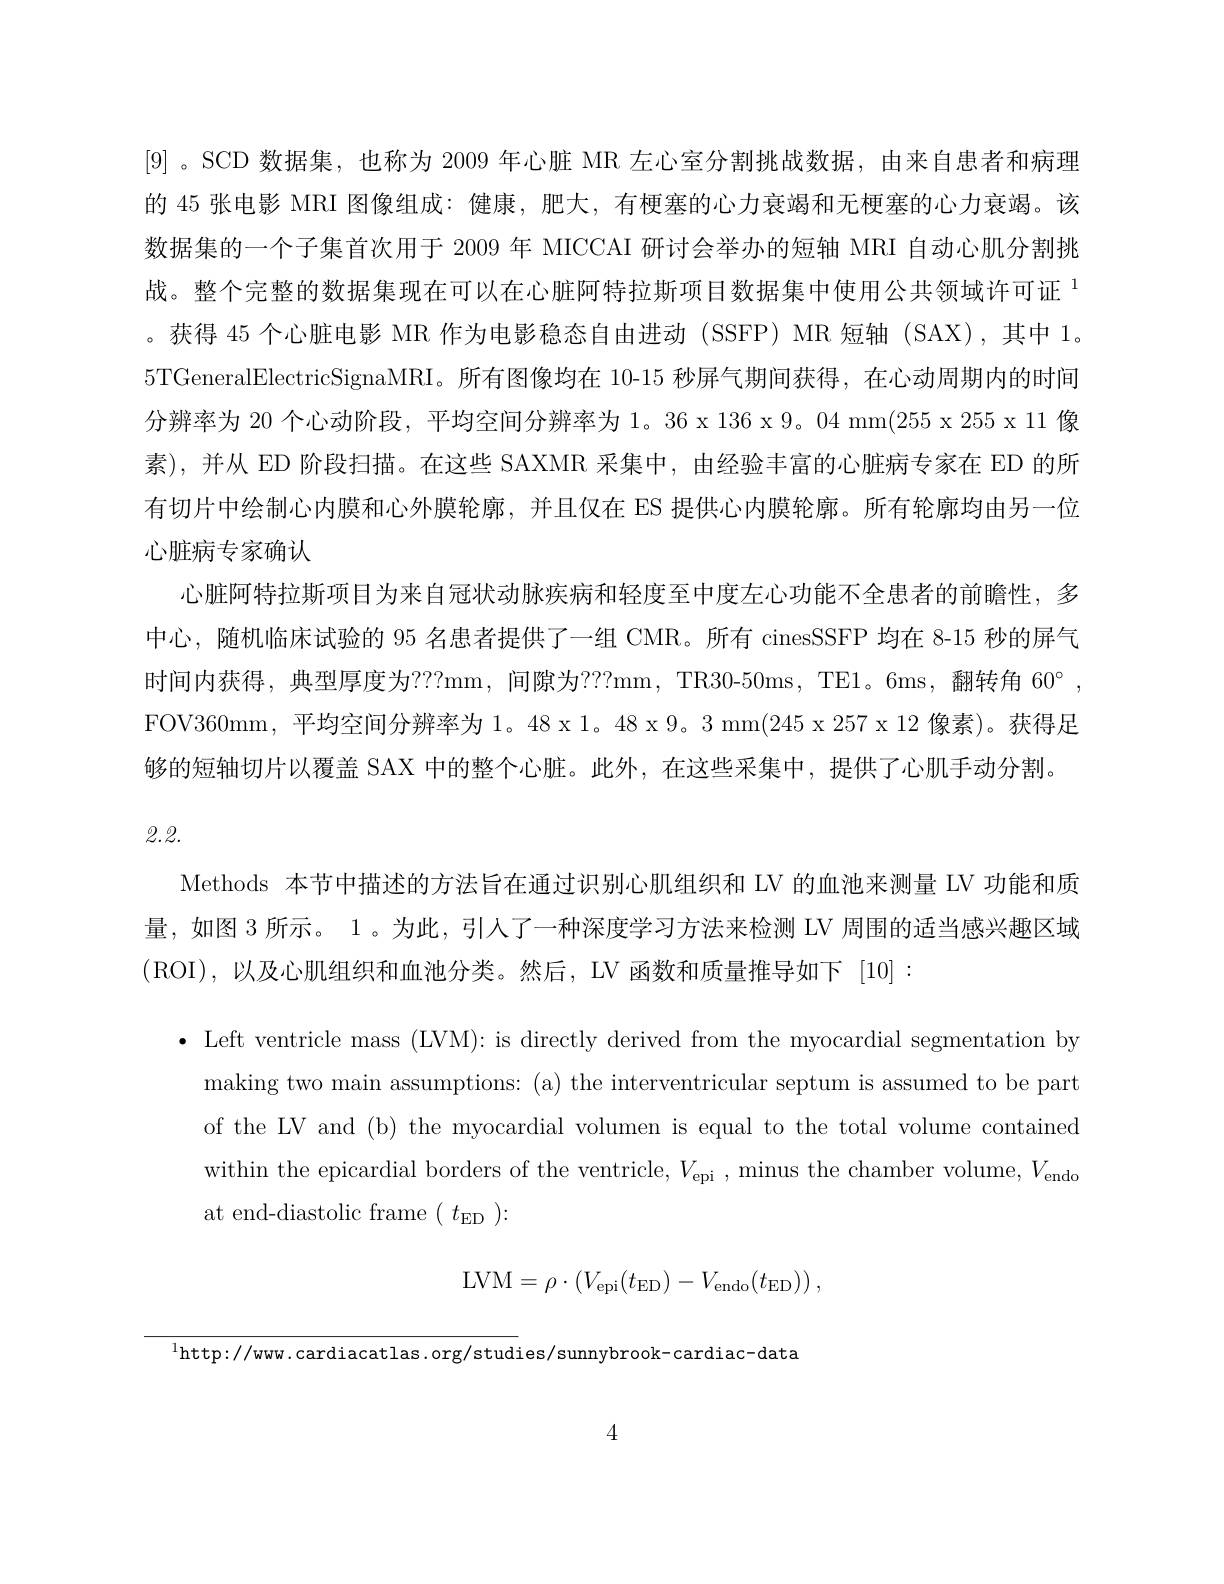
[9] 。SCD 数据集，也称为 2009 年心脏 MR 左心室分割挑战数据，由来自患者和病理的 45 张电影 MRI 图像组成：健康，肥大，有梗塞的心力衰竭和无梗塞的心力衰竭。该数据集的一个子集首次用于 2009 年 MICCAI 研讨会举办的短轴 MRI 自动心肌分割挑战。整个完整的数据集现在可以在心脏阿特拉斯项目数据集中使用公共领域许可证$^{1}$ 。获得 45 个心脏电影 MR 作为电影稳态自由进动 (SSFP) MR 短轴 (SAX),其中 1。5TGeneralElectricSignaMRI。所有图像均在 10-15 秒屏气期间获得，在心动周期内的时间分辨率为 20 个心动阶段，平均空间分辨率为 1。36 x 136 x 9。04 mm(255 x 255 x 11 像素),并从 ED 阶段扫描。在这些 SAXMR 采集中，由经验丰富的心脏病专家在 ED 的所有切片中绘制心内膜和心外膜轮廓，并且仅在 ES 提供心内膜轮廓。所有轮廓均由另一位心脏病专家确认
心脏阿特拉斯项目为来自冠状动脉疾病和轻度至中度左心功能不全患者的前瞻性，多中心，随机临床试验的 95 名患者提供了一组 CMR。所有 cinesSSFP 均在 8-15 秒的屏气时间内获得，典型厚度为？??mm,间隙为？??mm,TR30-50ms,TE1。6ms,翻转角$60^{\circ}$, FOV360mm,平均空间分辨率为 1。48 x 1。48 x 9。3 mm(245 x 257 x 12 像素)。获得足够的短轴切片以覆盖 SAX 中的整个心脏。此外，在这些采集中，提供了心肌手动分割。

2.2.

Methods 本节中描述的方法旨在通过识别心肌组织和 LV 的血池来测量 LV 功能和质量，如图 3 所示。1。为此，引人了一种深度学习方法来检测 LV 周围的适当感兴趣区域(ROI),以及心肌组织和血池分类。然后，LV函数和质量推导如下 [10]:
·Left ventricle mass (LVM): is directly derived from the myocardial segmentation by
making two main assumptions: (a) the interventricular septum is assumed to be part of the LV and (b) the myocardial volumen is equal to the total volume contained within the epicardial borders of the ventricle, $V_\mathrm{epi}$,minus the chamber volume, $V_\mathrm{endo}$ at end-diastolic frame $(t_{\mathrm{ED}})\colon$
$$\mathrm{LVM}=\rho\cdot\left(V_{\mathrm{epi}}(t_{\mathrm{ED}})-V_{\mathrm{endo}}(t_{\mathrm{ED}})\right),$$
$^{1}$http://www.cardiacatlas.org/studies/sunnybrook-cardiac-data

4